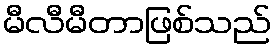
မီလီမီတာဖြစ်သည်